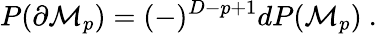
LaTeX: P(\partial{\cal M}_{p})=(-)^{D-p+1}dP({\cal M}_{p})\ .